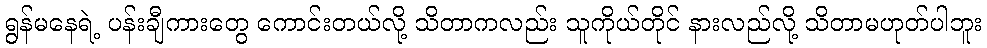
ရွန်မနေရဲ့ ပန်းချီကားတွေ ကောင်းတယ်လို့ သိတာကလည်း သူကိုယ်တိုင် နားလည်လို့ သိတာမဟုတ်ပါဘူး